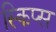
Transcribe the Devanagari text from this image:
स्किप्स